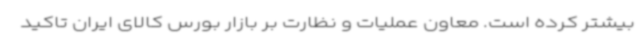
بیشتر کرده است. معاون عملیات و نظارت بر بازار بورس کالای ایران تاکید